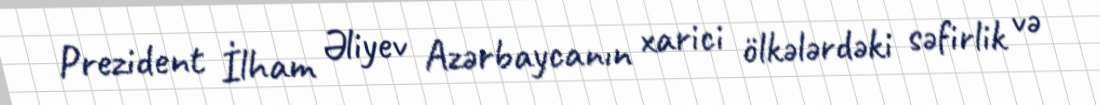
Prezident İlham Əliyev Azərbaycanın xarici ölkələrdəki səfirlik və